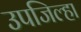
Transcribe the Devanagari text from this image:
उपजिल्हा